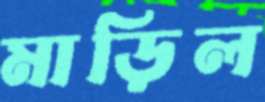
মাড়িল